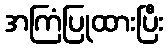
အကြံပြုထားပြီး